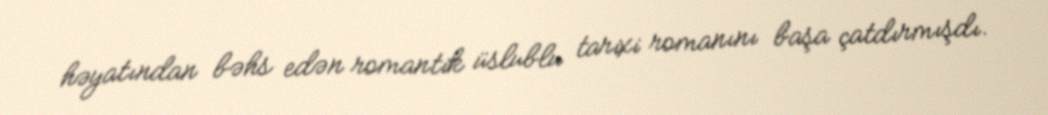
həyatından bəhs edən romantik üslublu tarixi romanını başa çatdırmışdı.